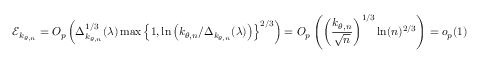
\mathcal { E } _ { k _ { \theta , n } } = O _ { p } \left( \Delta _ { k _ { \theta , n } } ^ { 1 / 3 } ( \lambda ) \operatorname* { m a x } \left\{ 1 , \ln \left( k _ { \theta , n } / \Delta _ { k _ { \theta , n } } ( \lambda ) \right) \right\} ^ { 2 / 3 } \right) = O _ { p } \left( \left( \frac { k _ { \theta , n } } { \sqrt { n } } \right) ^ { 1 / 3 } \ln ( n ) ^ { 2 / 3 } \right) = o _ { p } ( 1 )